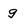
Character: g